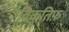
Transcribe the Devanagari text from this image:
विकृतिफ़